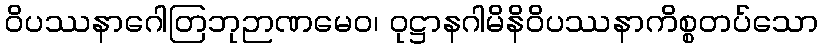
ဝိပဿနာဂေါတြဘုဉာဏမေဝ၊ ဝုဋ္ဌာနဂါမိနိဝိပဿနာကိစ္စတပ်သော